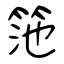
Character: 筂